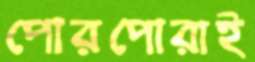
পোরপোরাই